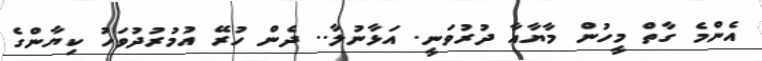
އެންމެ ގާތް މީހުން މާޔާއާ ދުރުވަނީ. އަޅާނުލާ.. ދެން ހުރޭ އުމުރުދުވަހު ކިޔާންގެ